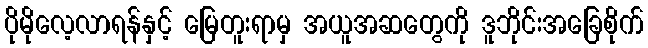
ပိုမိုလေ့လာရန်နှင့် မြေတူးရာမှ အယူအဆတွေကို ဒူဘိုင်းအခြေစိုက်